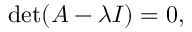
\operatorname* { d e t } ( A - \lambda I ) = 0 ,